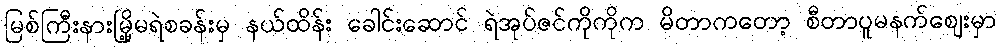
မြစ်ကြီးနားမြို့မရဲစခန်းမှ နယ်ထိန်း ခေါင်းဆောင် ရဲအုပ်ဇင်ကိုကိုက မိတာကတော့ စီတာပူမနက်ဈေးမှာ